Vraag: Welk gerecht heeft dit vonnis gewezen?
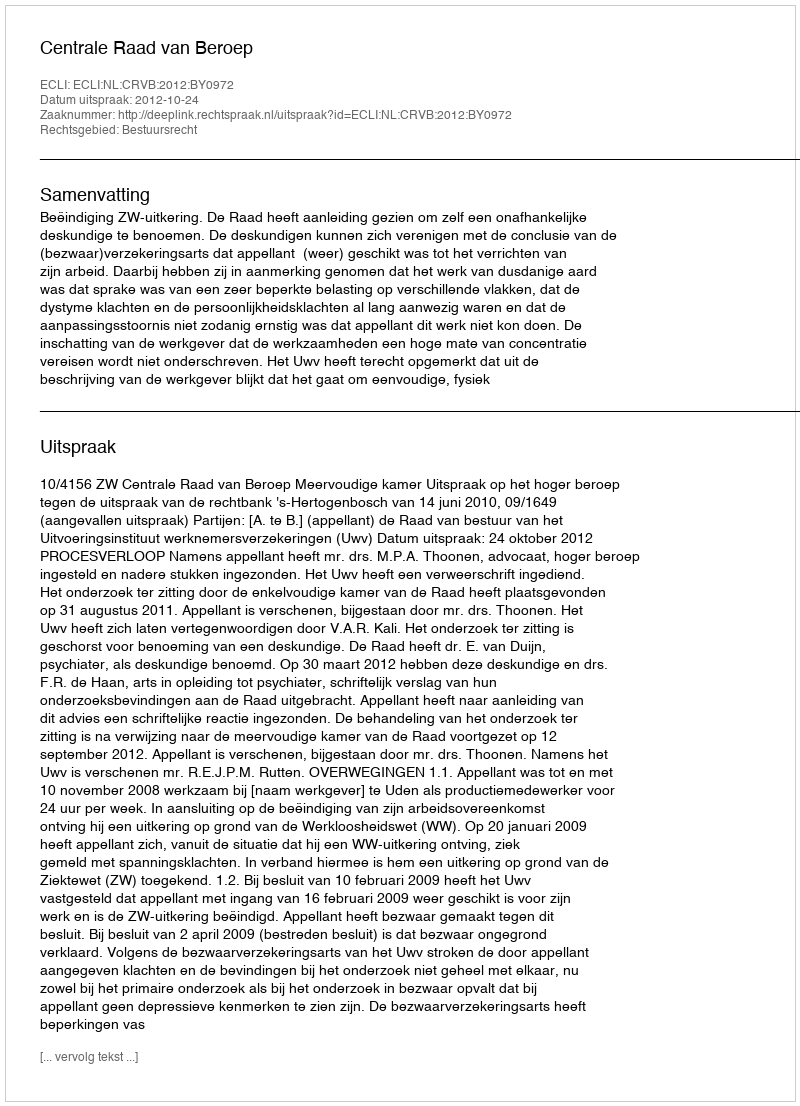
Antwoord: Centrale Raad van Beroep